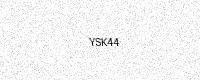
Text: YSK44